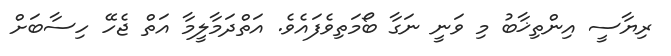
ރިޔާސީ އިންތިޚާބު މި ވަނީ ނަގާ ބޯމަތިވެފައެވެ. އަތްދަމާލީމާ އަތް ޖެހޭ ހިސާބަށް